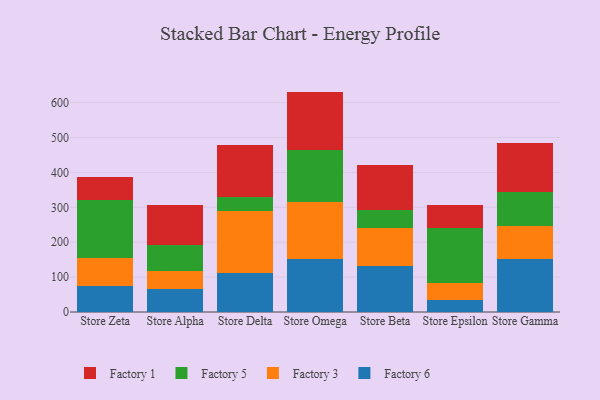
{"axis": {"x": "Store", "y": "Budget (USD K)"}, "legend": ["Factory 1", "Factory 3", "Factory 5", "Factory 6"], "data": [{"x": "Store Zeta", "y": 73.9, "type": "Factory 6"}, {"x": "Store Zeta", "y": 82.2, "type": "Factory 3"}, {"x": "Store Zeta", "y": 164.1, "type": "Factory 5"}, {"x": "Store Zeta", "y": 66.7, "type": "Factory 1"}, {"x": "Store Alpha", "y": 67.2, "type": "Factory 6"}, {"x": "Store Alpha", "y": 51.4, "type": "Factory 3"}, {"x": "Store Alpha", "y": 72.9, "type": "Factory 5"}, {"x": "Store Alpha", "y": 116.3, "type": "Factory 1"}, {"x": "Store Delta", "y": 111.8, "type": "Factory 6"}, {"x": "Store Delta", "y": 176.8, "type": "Factory 3"}, {"x": "Store Delta", "y": 39.7, "type": "Factory 5"}, {"x": "Store Delta", "y": 149.2, "type": "Factory 1"}, {"x": "Store Omega", "y": 151.3, "type": "Factory 6"}, {"x": "Store Omega", "y": 164.0, "type": "Factory 3"}, {"x": "Store Omega", "y": 149.6, "type": "Factory 5"}, {"x": "Store Omega", "y": 166.6, "type": "Factory 1"}, {"x": "Store Beta", "y": 130.9, "type": "Factory 6"}, {"x": "Store Beta", "y": 108.7, "type": "Factory 3"}, {"x": "Store Beta", "y": 53.3, "type": "Factory 5"}, {"x": "Store Beta", "y": 127.5, "type": "Factory 1"}, {"x": "Store Epsilon", "y": 34.3, "type": "Factory 6"}, {"x": "Store Epsilon", "y": 48.7, "type": "Factory 3"}, {"x": "Store Epsilon", "y": 158.3, "type": "Factory 5"}, {"x": "Store Epsilon", "y": 64.3, "type": "Factory 1"}, {"x": "Store Gamma", "y": 151.7, "type": "Factory 6"}, {"x": "Store Gamma", "y": 95.5, "type": "Factory 3"}, {"x": "Store Gamma", "y": 95.9, "type": "Factory 5"}, {"x": "Store Gamma", "y": 142.4, "type": "Factory 1"}]}